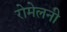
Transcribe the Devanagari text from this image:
रोमेलनी